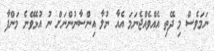
ނަމަވެސް މި ދޭތި އެއްވެއްޖެނަމަ އެއާ ނުލާ އިންސާނުންނަށް ނު އުޅެވޭނެ މަންފާ